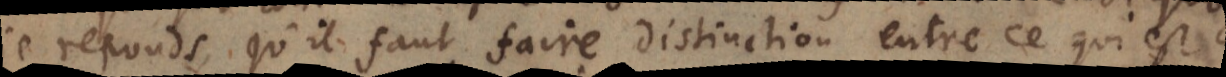
je reponds, qu’il faut faire distinction entre ce qui est